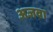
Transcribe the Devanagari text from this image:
अजवा